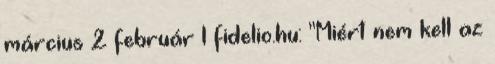
március 2 február 1 fidelio.hu: "Miért nem kell az